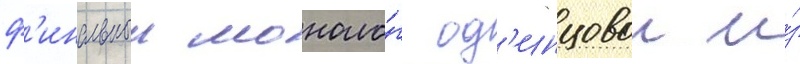
ф'инальныи моноло́г од'инцовои и́з